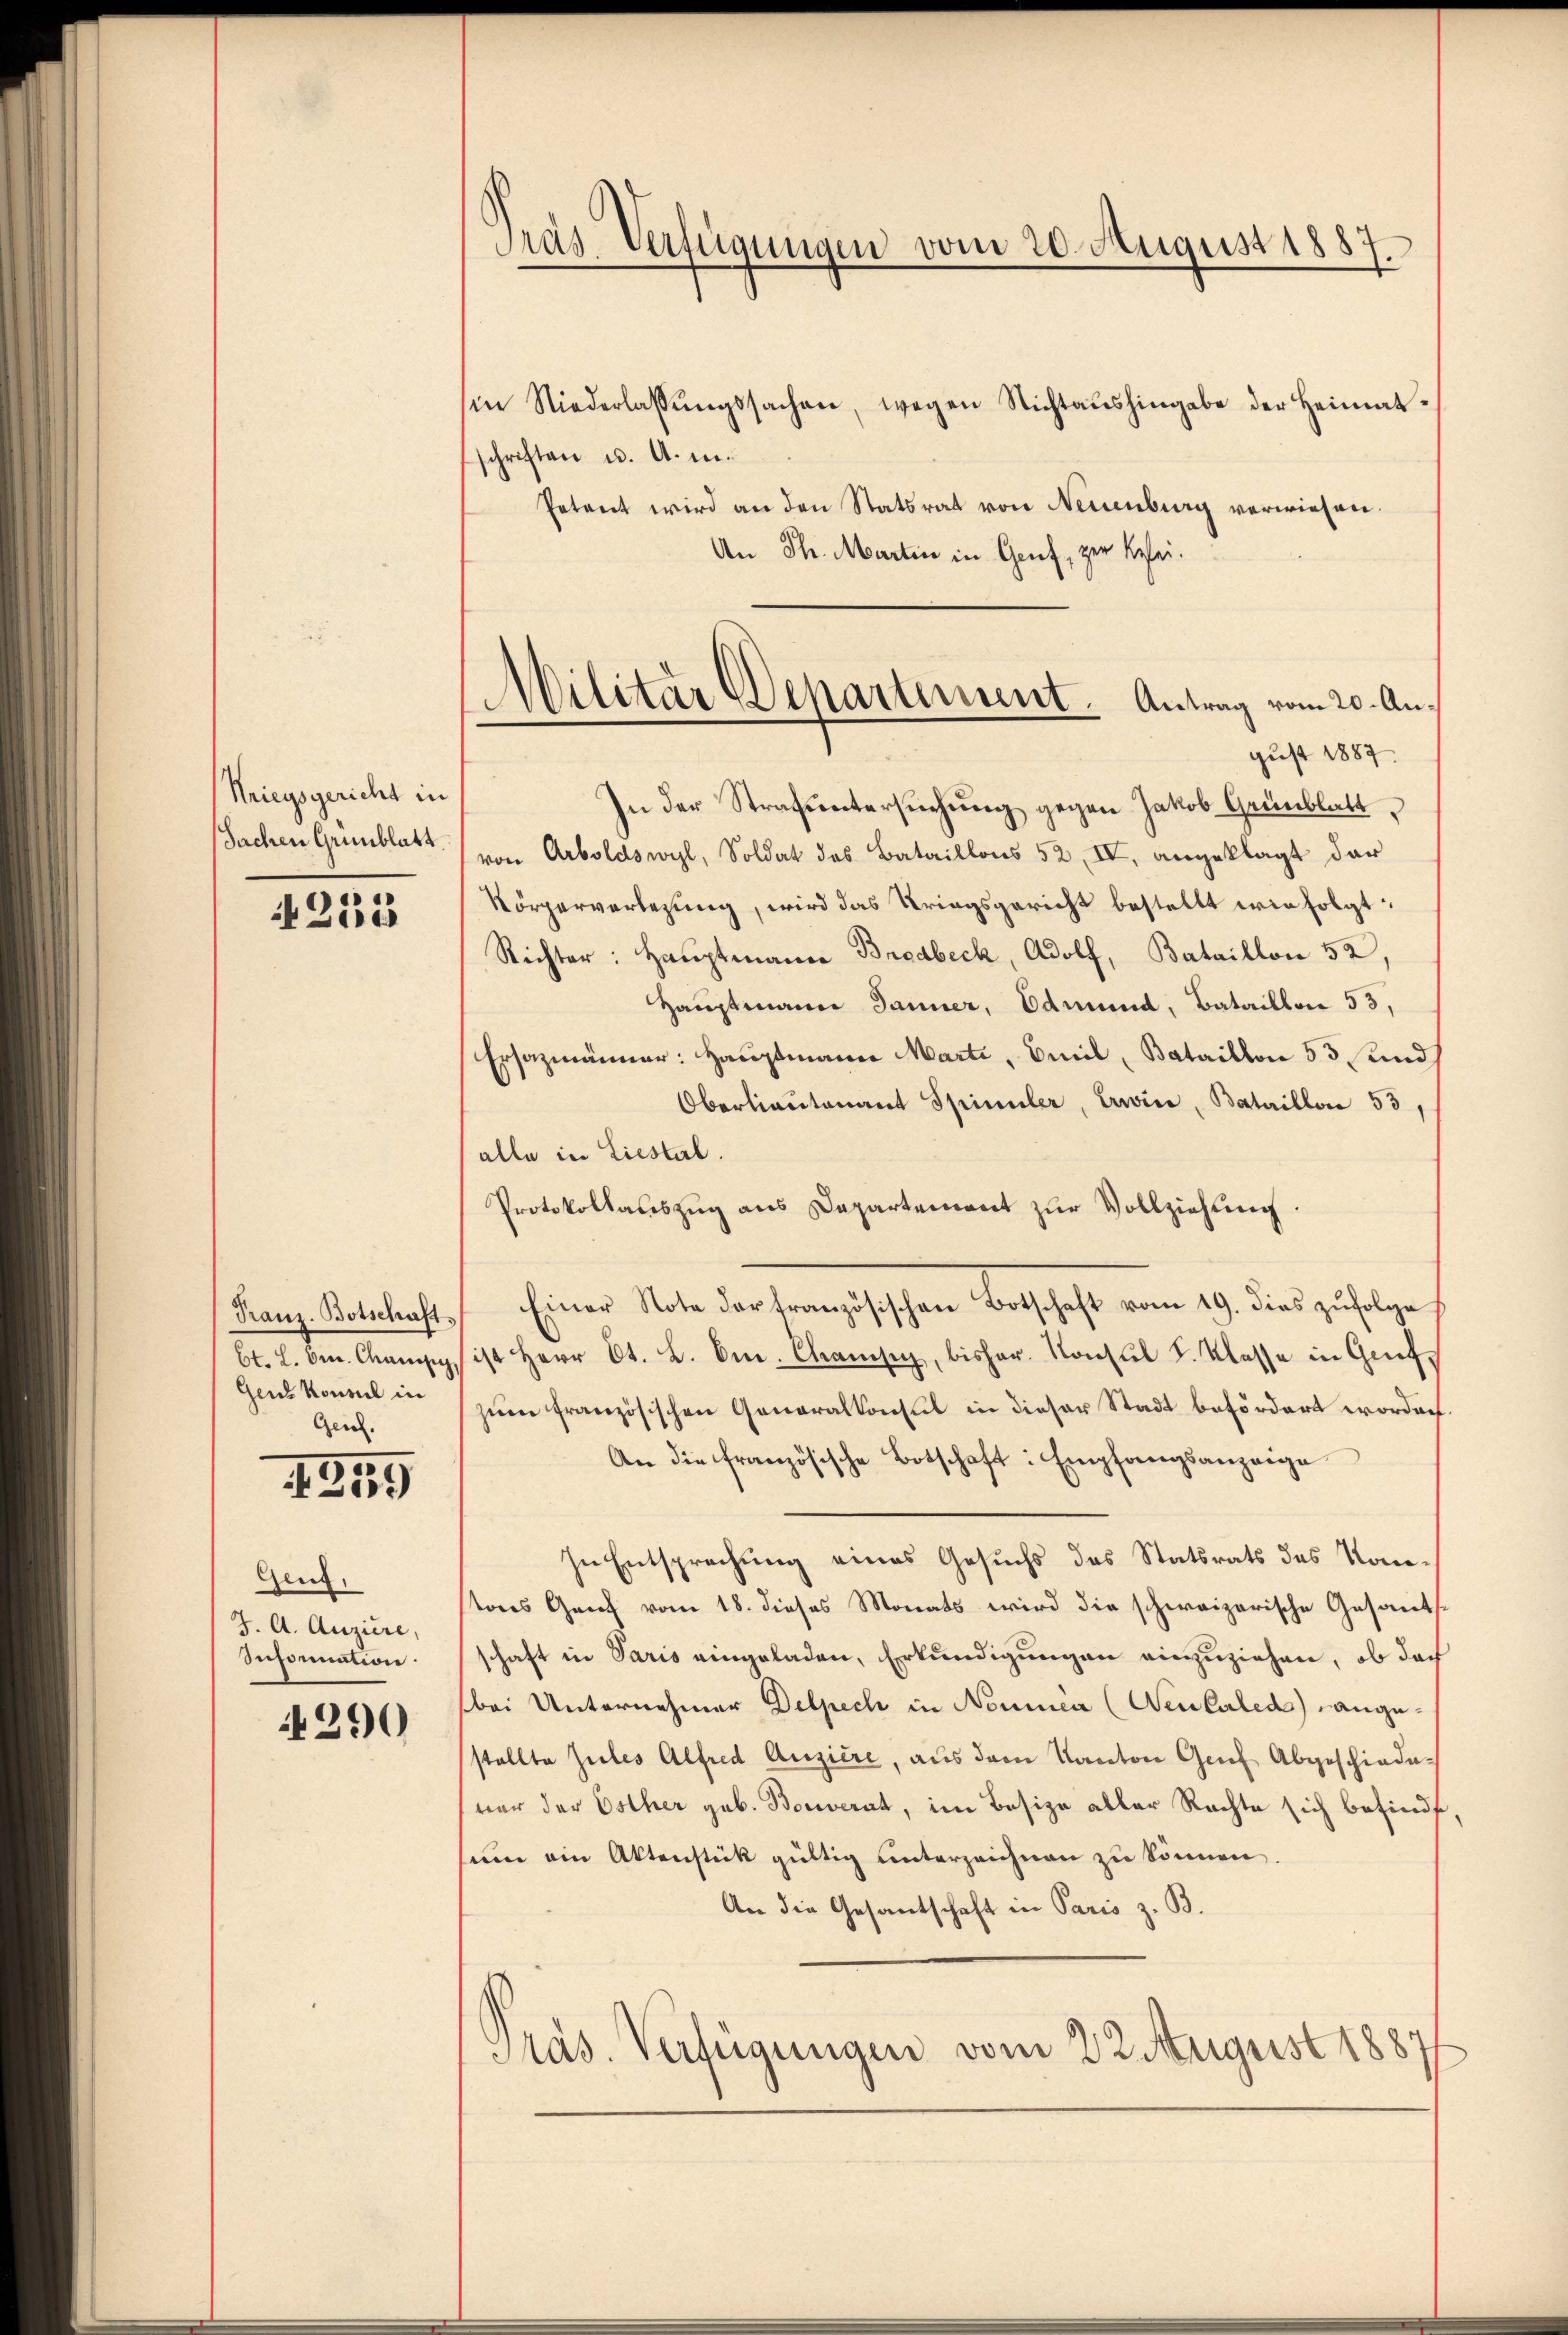
Kriegsgericht in
Sachen Grünblatt.

235

Franz-Botschaft
bt. L. Ven. Chanisch,
Gens Konsul in
Geich.

0
209

Gen.
J. A. Augire,
Infornation.

290

Gras Verfügungen vom 20. August 1887.

in Niederlassŭngssachen, wegen Nichtaŭshingabe der Heimat-
schriften u. A. in.
Petent wird an den Statsrat von Neuenburg verwiesen.
An Th. Martin in Genf, zur Kleigust 1887
In der Strafuntersŭchŭng gegen Jakob Grünblatt
von Arboldswyl, Soldat des Bataillons 52, IV, angeklagt dar¬
Körperverlesung, wird das Kriegsgericht bestellt wie folgt:
Richter: Hauptmann Brodbeck, Adolf, Bataillon 52,
Hauptmann Jänner, Edmund, Bataillon 53,
Ersatzmänner: Hauptmann Marti, Emil, Bataillon 53 und
Oberlieutenant Spinuler, Livin, Bataillon 53,
alle in Liestal.
Protokollauszug aus Departement zur Vollziehung.
Einer Note der französischen Botschaft vom 19. dies zŭfolge
ist Herr Ct. B. C. Chaisen, bisher. Konsul K. Klasse in Grufzum französischen Generalkonsul in dieser Stadt befördert worden.
An die französische Botschaft: Empfangsanzeige
In Entsprechung eines Gesuchs des Statsrats des Kontons Genf vom 18. dieses Monats wird die schweizerische Gesantsschaft in Paris eingeladen, Erkundigungen einzuziehen, ob doch
bei Unternehmer Delpech in Nominen (Neulaled) angestellte Gutes Alfred Auzière, aus dem Kanton Genf abgeschiedener der Osther geb. Bouverat, im Besize aller Rechte sich befinde
um ein Aktenstück gültig unterzeichnen zu können.
An die Gesantschaft in Paris z. B.
Präs. Verfügungen vom 22. August 1887/

Militär Departement. Antrag vom 20. An¬